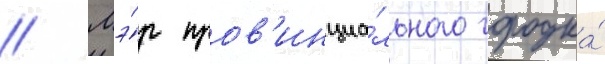
// Мэ́р пров'инциа́льного городка́